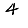
Digit: 4